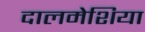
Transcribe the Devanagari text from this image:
दालमेशिया